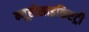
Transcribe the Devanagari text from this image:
न्यूरोसाइकिएट्री